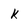
Character: k